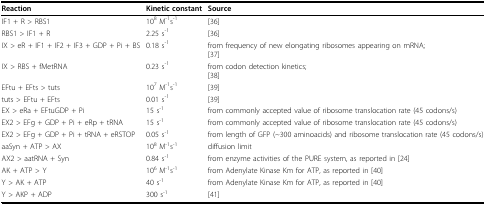
| Reaction | Kinetic constant | Source |
 | --- | --- | --- |
 | IF1 + R > RBS1 | 108 M-1s-1 | [36] |
 | RBS1 > IF1 + R | 2.25 s-1 | [36] |
 | IX > eR + IF1 + IF2 + IF3 + GDP + Pi + BS | 0.18 s-1 | from frequency of new elongating ribosomes appearing on mRNA;[37] |
 | IX > RBS + fMetRNA | 0.23 s-1 | from codon detection kinetics;[38] |
 | EFtu + EFts > tuts | 107 M-1s-1 | [39] |
 | tuts > EFtu + EFts | 0.01 s-1 | [39] |
 | EX > eRa + EFtuGDP + Pi | 15 s-1 | from commonly accepted value of ribosome translocation rate (45 codons/s) |
 | EX2 > EFg + GDP + Pi + eRp + tRNA | 15 s-1 | from commonly accepted value of ribosome translocation rate (45 codons/s) |
 | EX2 > EFg + GDP + Pi + tRNA + eRSTOP | 0.05 s-1 | from length of GFP (~300 aminoacids) and ribosome translocation rate (45 codons/s) |
 | aaSyn + ATP > AX | 108 M-1s-1 | diffusion limit |
 | AX2 > aatRNA + Syn | 0.84 s-1 | from enzyme activities of the PURE system, as reported in [24] |
 | AK + ATP > Y | 106 M-1s-1 | from Adenylate Kinase Km for ATP, as reported in [40] |
 | Y > AK + ATP | 40 s-1 | from Adenylate Kinase Km for ATP, as reported in [40] |
 | Y > AKP + ADP | 300 s-1 | [41] |